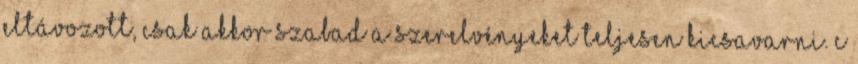
eltávozott, csak akkor szabad a szerelvényeket teljesen kicsavarni. c